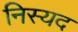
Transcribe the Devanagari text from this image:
निस्यद